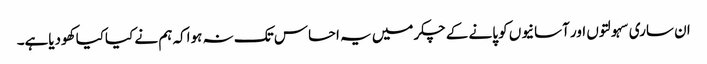
ان ساری سہولتوں اور آسانیوں کو پانے کے چکرمیں یہ احساس تک نہ ہواکہ ہم نے کیاکیا کھودیاہے۔